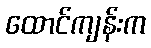
ထောင်ကျန်းက